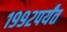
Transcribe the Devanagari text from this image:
१९९२पर्यंत